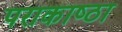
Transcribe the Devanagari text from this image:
पराकाष्‍ठा